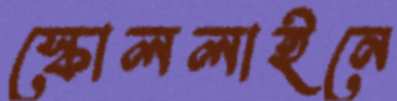
স্কোললাইনে